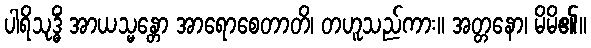
ပါရိသုဒ္ဓိံ အာယသ္မန္တော အာရောစေတာတိ၊ တဟူသည်ကား။ အတ္တနော၊ မိမိ၏။